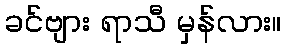
ခင်ဗျား ရာသီ မှန်လား။